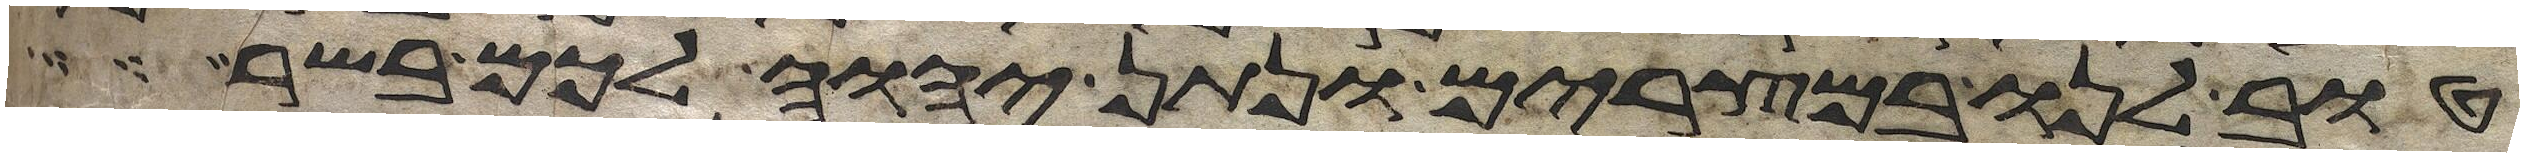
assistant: טוב לנו במצרים ונתן יהוה לכם בשר